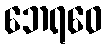
ဘေရဝေ